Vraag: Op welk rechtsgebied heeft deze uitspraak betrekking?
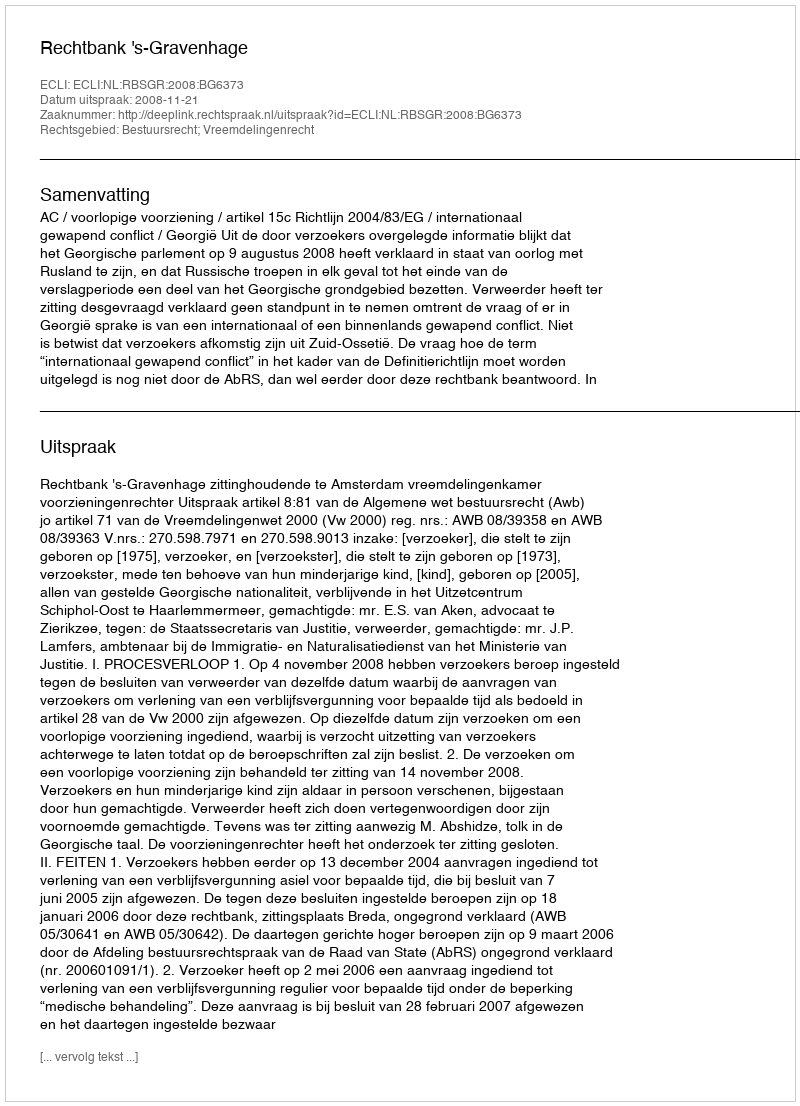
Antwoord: Bestuursrecht; Vreemdelingenrecht